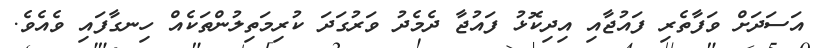
އަސަދަށް ވަފާތެރި ފައުޖާއި އިދިކޮޅު ފައުޖާ ދެމެދު ވަރުގަދަ ކުރިމަތިލުންތަކެއް ހިނގާފައި ވެއެވެ.